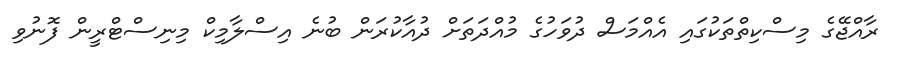
ރާއްޖޭގެ މިސްކިތްތަކުގައި އެއްމަސް ދުވަހުގެ މުއްދަތަށް ދުއާކުރަން ބުނެ އިސްލާމިކް މިނިސްޓްރީން ފޮނުވި